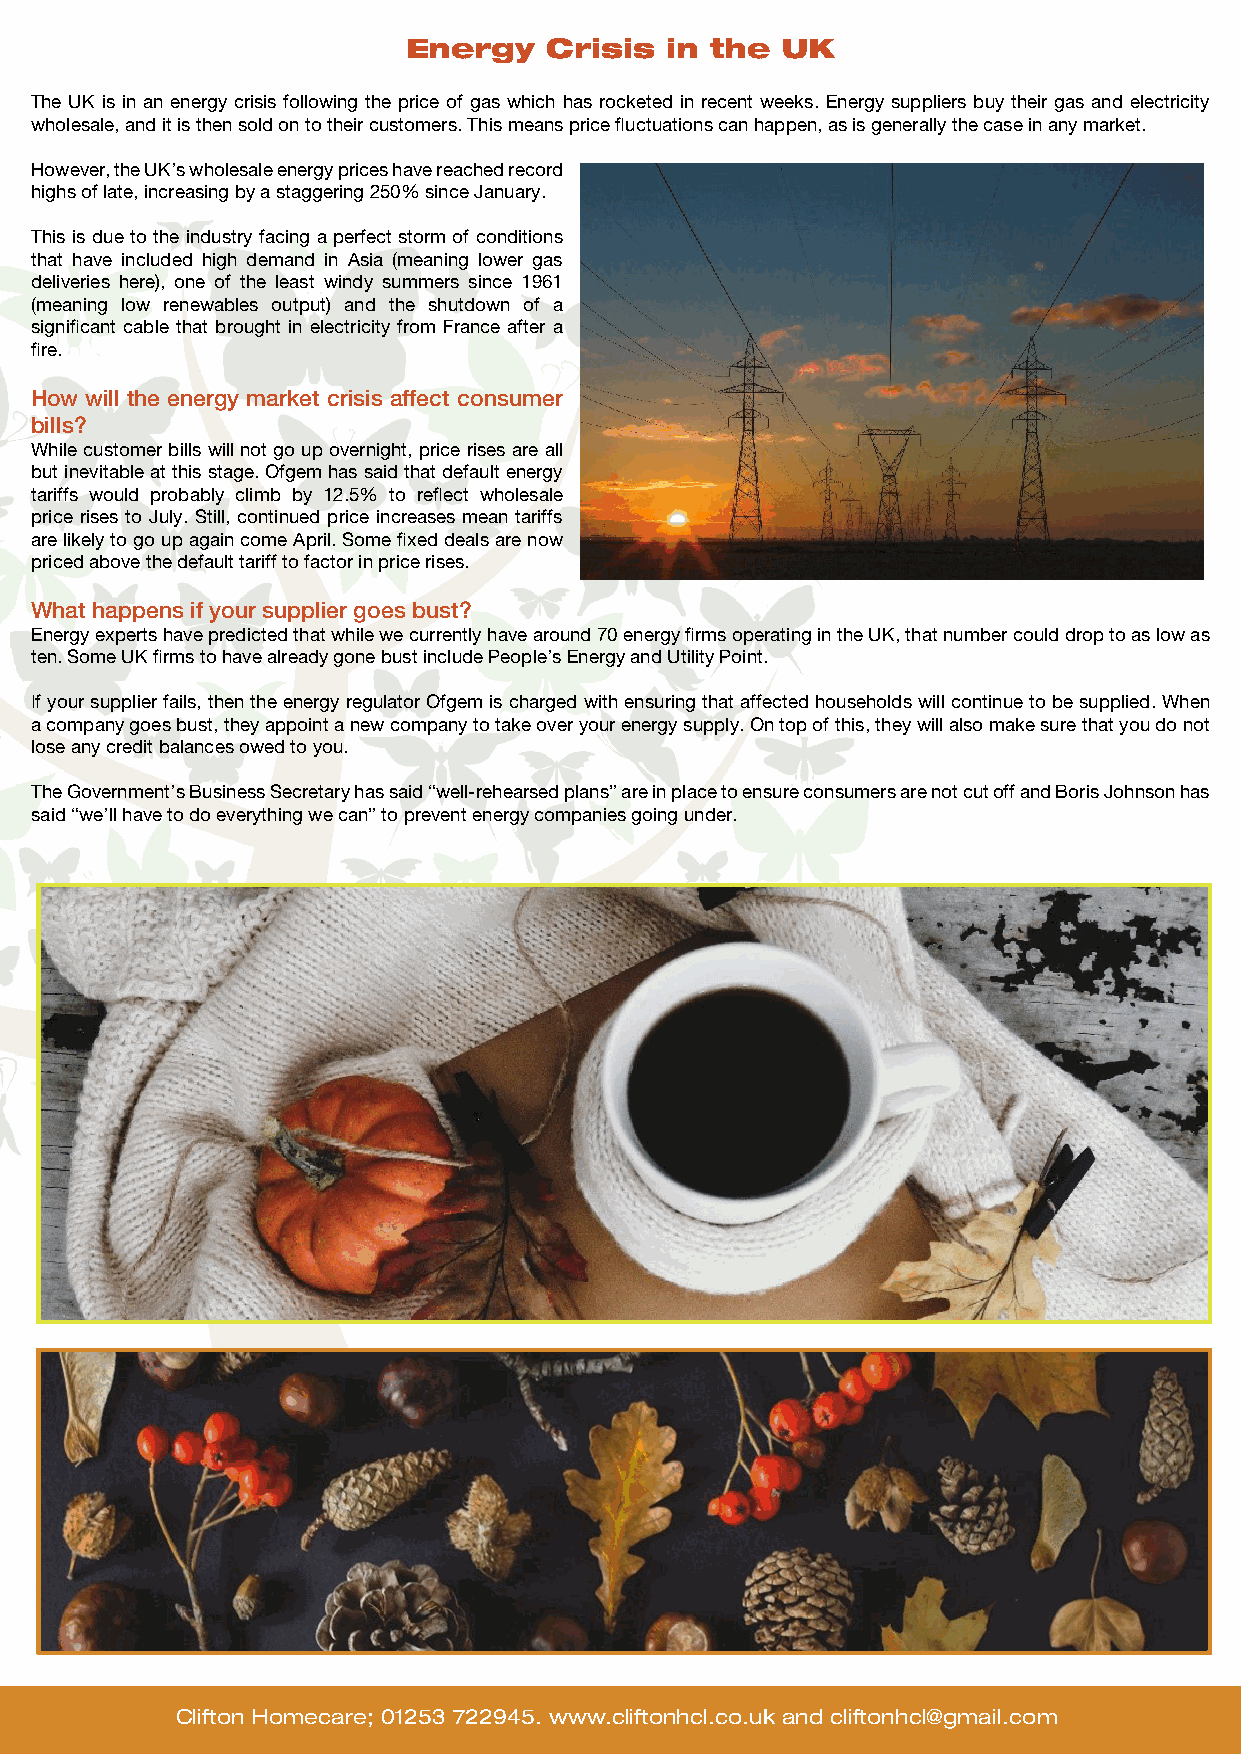
Energy   Crisis  in the  UK
 The UK is in an energy crisis following the price of gas which has rocketed in recent weeks. Energy suppliers buy their gas and electricity
 wholesale, and it is then sold on to their customers. This means price fluctuations can happen, as is generally the case in any market.
 However, the UK’s wholesale energy prices have reached record
 highs of late, increasing by a staggering 250% since January.
 This is due to the industry facing a perfect storm of conditions
 that have included high demand in Asia (meaning lower gas
 deliveries here), one of the least windy summers since 1961
 (meaning low renewables output) and the shutdown of a
 significant cable that brought in electricity from France after a
 fire.
 How will the energy market crisis affect consumer
 bills?
 While customer bills will not go up overnight, price rises are all
 but inevitable at this stage. Ofgem has said that default energy
 tariffs would probably climb by 12.5% to reflect wholesale
 price rises to July. Still, continued price increases mean tariffs
 are likely to go up again come April. Some fixed deals are now
 priced above the default tariff to factor in price rises.
 What happens if your supplier goes bust?
 Energy experts have predicted that while we currently have around 70 energy firms operating in the UK, that number could drop to as low as
 ten. Some UK firms to have already gone bust include People’s Energy and Utility Point.
 If your supplier fails, then the energy regulator Ofgem is charged with ensuring that affected households will continue to be supplied. When
 a company goes bust, they appoint a new company to take over your energy supply. On top of this, they will also make sure that you do not
 lose any credit balances owed to you.
 The Government’s Business Secretary has said “well-rehearsed plans” are in place to ensure consumers are not cut off and Boris Johnson has
 said “we’ll have to do everything we can” to prevent energy companies going under.
 Clifton Homecare; 01253 722945. www.cliftonhcl.co.uk and cliftonhcl@gmail.com